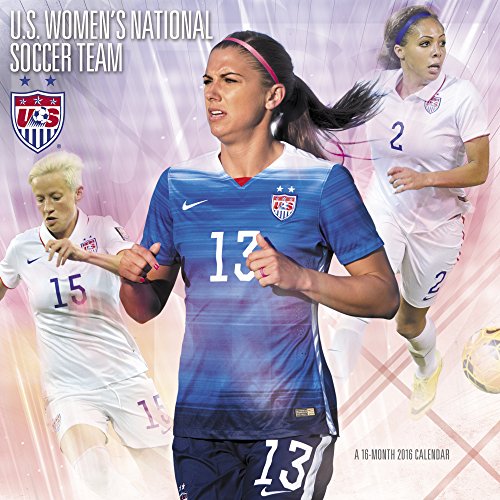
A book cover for U.S. Women's National Soccer Team Wall Calendar (2016); Day Dream; Calendars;